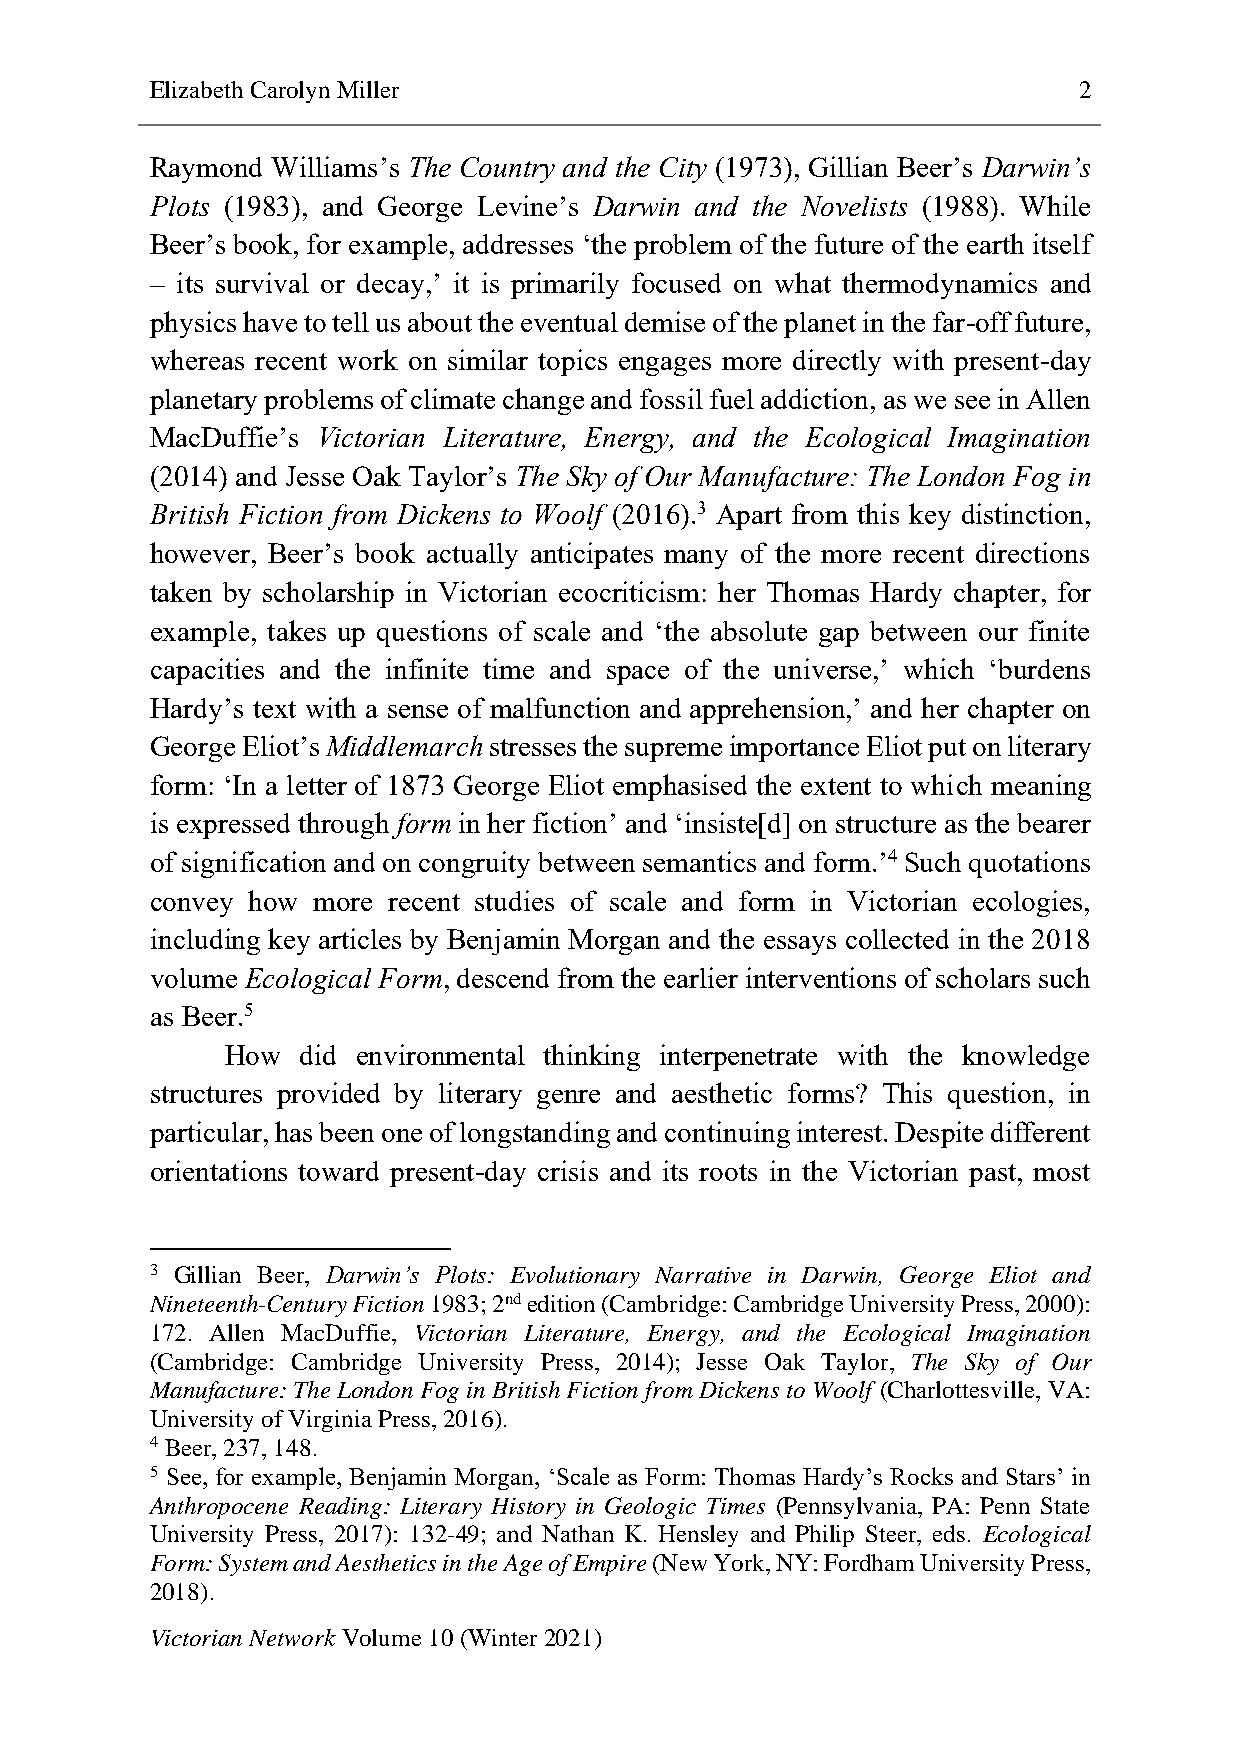
Elizabeth Carolyn Miller                                     2
 Raymond Williams’s The Country and the City (1973), Gillian Beer’s Darwin’s
 Plots (1983), and George Levine’s Darwin and the Novelists (1988). While
 Beer’s book, for example, addresses ‘the problem of the future of the earth itself
 – its survival or decay,’ it is primarily focused on what thermodynamics and
 physics have to tell us about the eventual demise of the planet in the far-off future,
 whereas recent work on similar topics engages more directly with present-day
 planetary problems of climate change and fossil fuel addiction, as we see in Allen
 MacDuffie’s Victorian Literature, Energy, and the Ecological Imagination
 (2014) and Jesse Oak Taylor’s The Sky of Our Manufacture: The London Fog in
 British Fiction from Dickens to Woolf (2016).3 Apart from this key distinction,
 however, Beer’s book actually anticipates many of the more recent directions
 taken by scholarship in Victorian ecocriticism: her Thomas Hardy chapter, for
 example, takes up questions of scale and ‘the absolute gap between our finite
 capacities and the infinite time and space of the universe,’ which ‘burdens
 Hardy’s text with a sense of malfunction and apprehension,’ and her chapter on
 George Eliot’s Middlemarch stresses the supreme importance Eliot put on literary
 form: ‘In a letter of 1873 George Eliot emphasised the extent to which meaning
 is expressed through form in her fiction’ and ‘insiste[d] on structure as the bearer
 of signification and on congruity between semantics and form.’4 Such quotations
 convey how more recent studies of scale and form in Victorian ecologies,
 including key articles by Benjamin Morgan and the essays collected in the 2018
 volume Ecological Form, descend from the earlier interventions of scholars such
 as Beer.5
 How  did environmental thinking interpenetrate with the knowledge
 structures provided by literary genre and aesthetic forms? This question, in
 particular, has been one of longstanding and continuing interest. Despite different
 orientations toward present-day crisis and its roots in the Victorian past, most
 3 Gillian Beer, Darwin’s Plots: Evolutionary Narrative in Darwin, George Eliot and
 Nineteenth-Century Fiction 1983; 2nd edition (Cambridge: Cambridge University Press, 2000):
 172. Allen MacDuffie, Victorian Literature, Energy, and the Ecological Imagination
 (Cambridge: Cambridge University Press, 2014); Jesse Oak Taylor, The Sky of Our
 Manufacture: The London Fog in British Fiction from Dickens to Woolf (Charlottesville, VA:
 University of Virginia Press, 2016).
 4 Beer, 237, 148.
 5 See, for example, Benjamin Morgan, ‘Scale as Form: Thomas Hardy’s Rocks and Stars’ in
 Anthropocene Reading: Literary History in Geologic Times (Pennsylvania, PA: Penn State
 University Press, 2017): 132-49; and Nathan K. Hensley and Philip Steer, eds. Ecological
 Form: System and Aesthetics in the Age of Empire (New York, NY: Fordham University Press,
 2018).
 Victorian Network Volume 10 (Winter 2021)